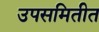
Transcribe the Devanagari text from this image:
उपसमितीत